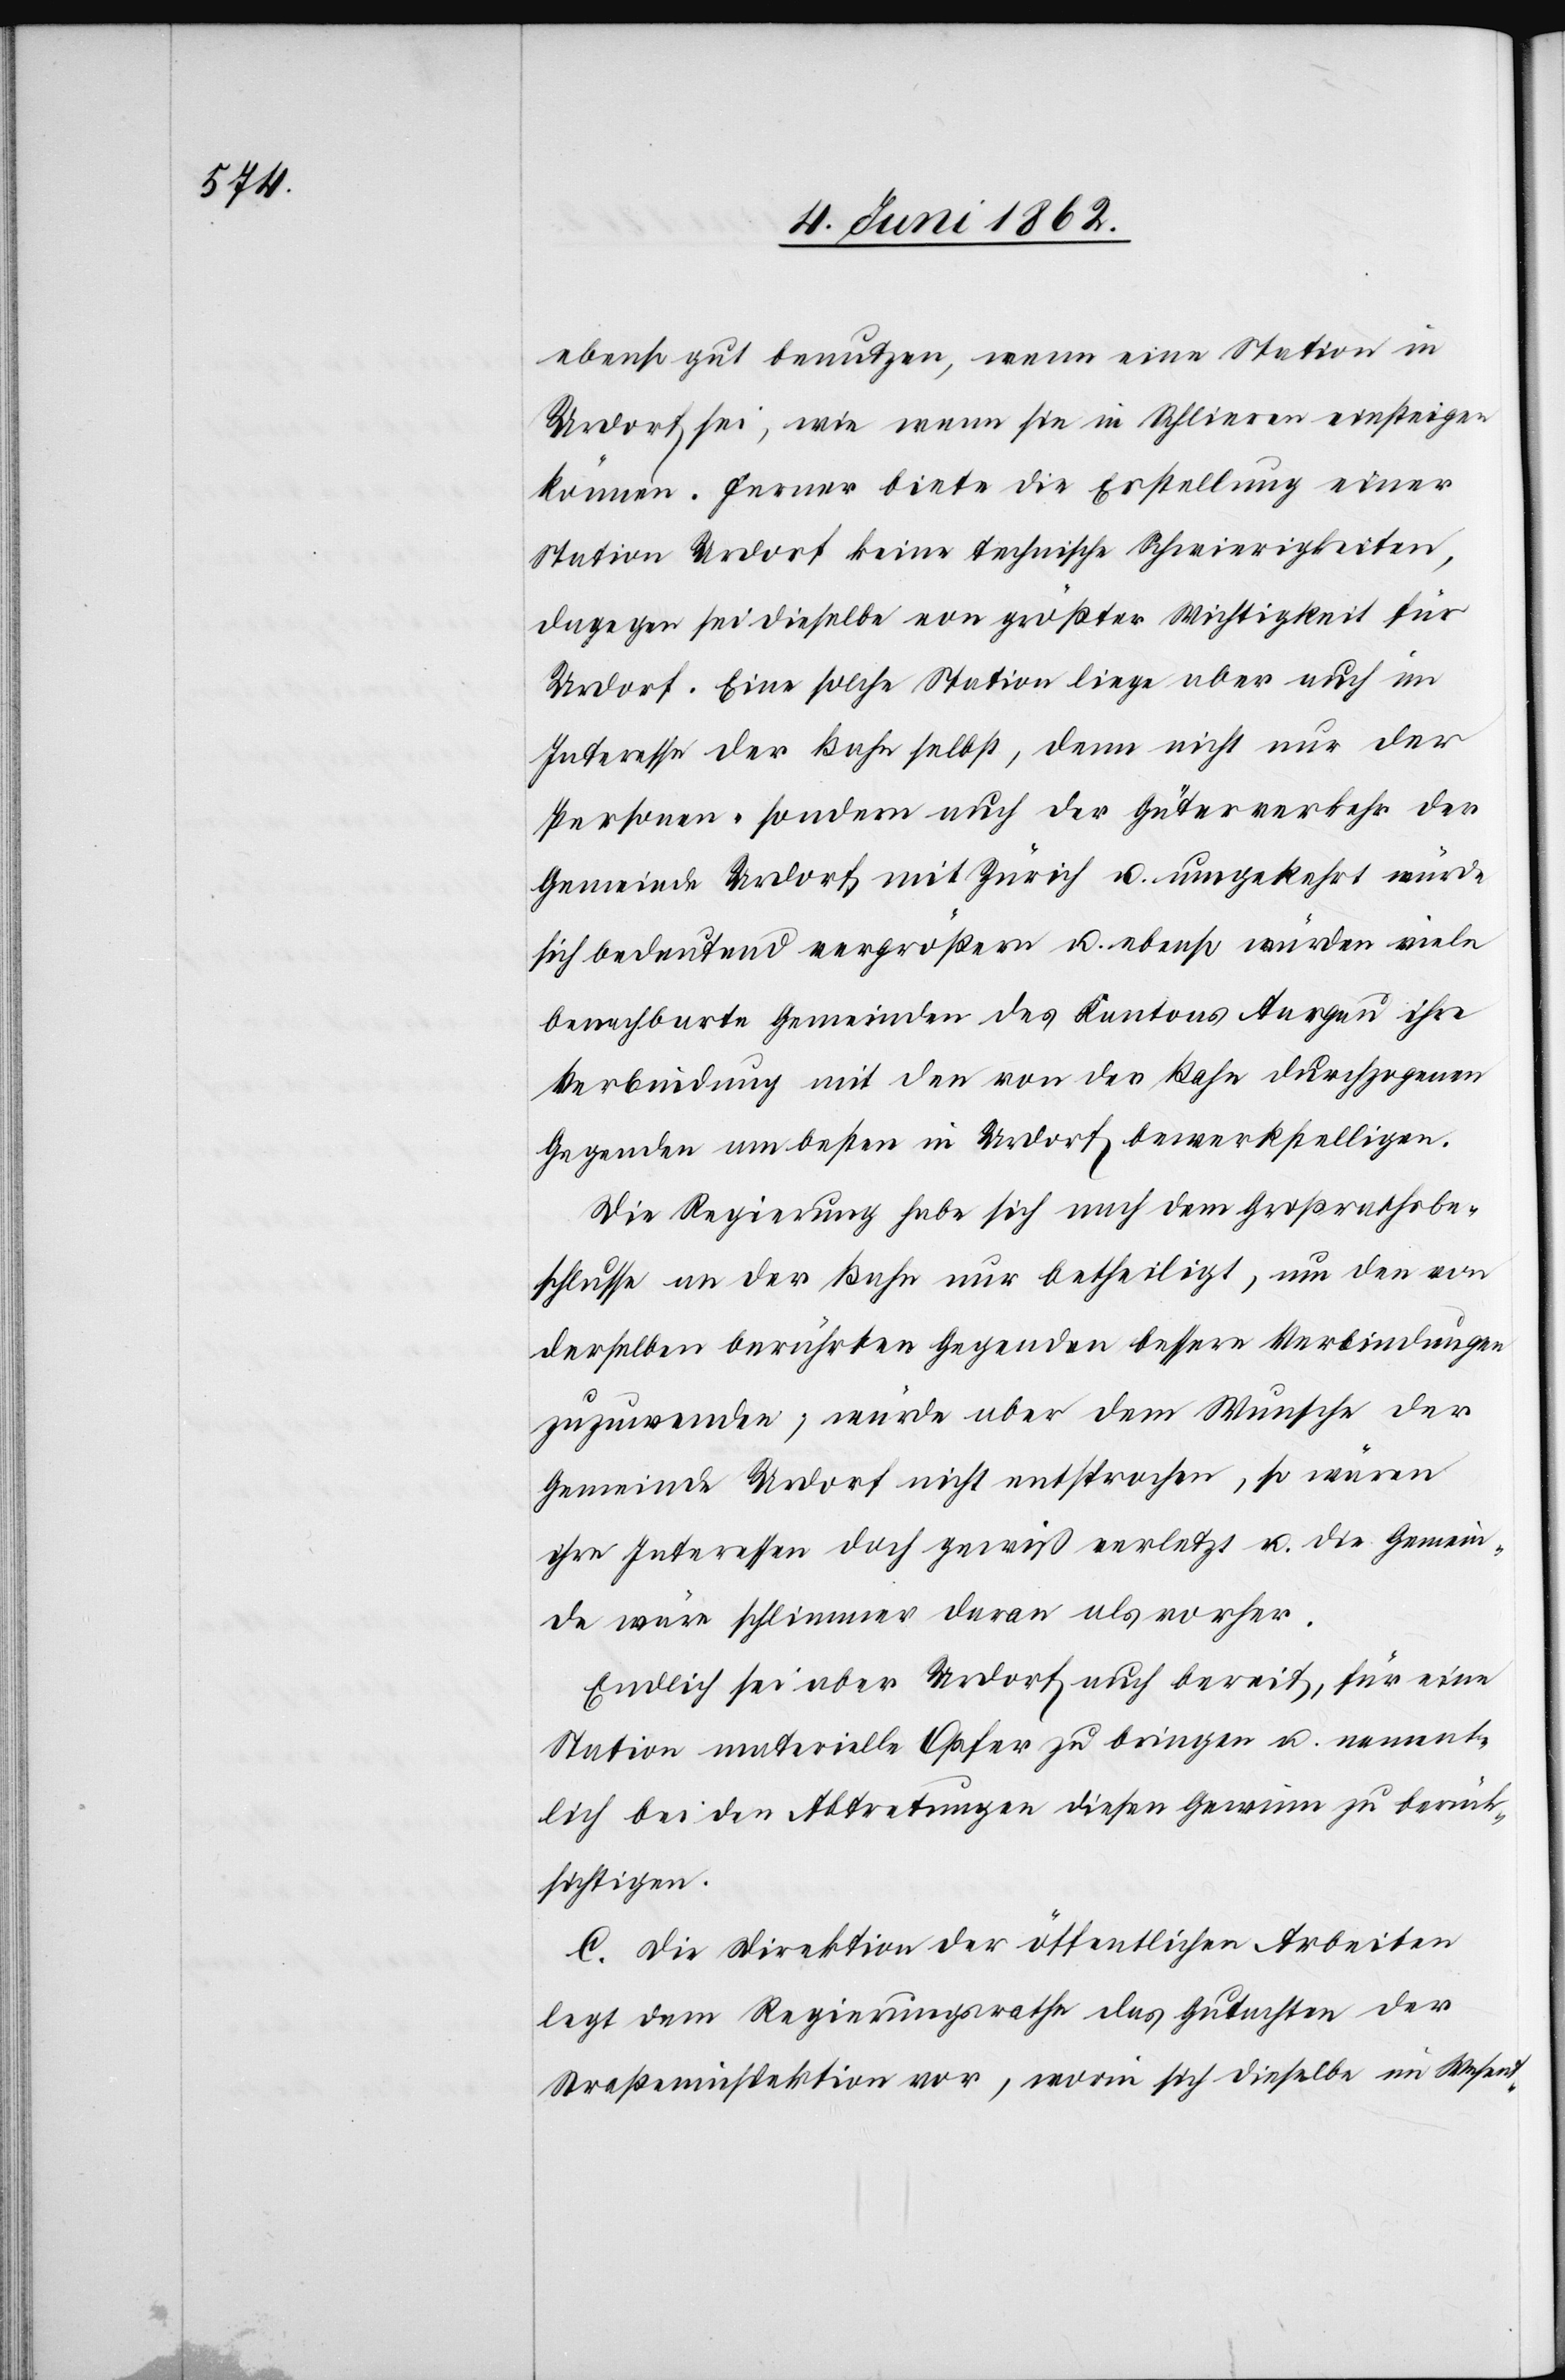
ebenso gut benutzen, wenn eine Station in
Urdorf sei, wie wenn sie in Schlieren einsteigen
können. Ferner biete die Erstellung einer
Station Urdorf keine technischen Schwierigkeiten,
dagegen sei dieselbe von größter Wichtigkeit für
Urdorf. Eine solche Station liege aber auch im
Interesse der Bahn selbst, denn nicht nur der
Personen- sondern auch der Güterverkehr der
Gemeinde Urdorf mit Zürich u. ebenso würden
benachbarte Gemeinden des Kantons Aargau ihre
Verbindung mit der von der Bahn durchzogenen
Gegenden am besten in Urdorf bewerkstelligen.
Die Regierung habe sich nach dem Großrathsbe¬
schlusse an der Bahn nur betheiligt, um den von
derselben berührten Gegenden bessere Verbindungen
zuzuwenden, würde aber dem Wunsche der
Gemeinde Urdorf nicht entsprochen, so wären
ihre Interessen doch gewiß verletzt u. die Gemein¬
de wäre schlimmer daran als vorher.
Endlich sei aber Urdorf auch bereit, für eine
Station materielle Opfer zu bringen u. nament¬
lich bei den Abtretungen diesen Gewinn zu berück¬
sichtigen.
C. Die Direktion der öffentlichen Arbeiten
legt dem Regierungsrathe das Gutachten der
Straßeinspektion vor, worin sich dieselbe im Wesent-